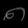
Digit: ၈